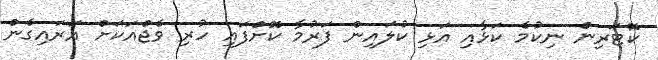
ކޮޓަރިން ނިކުމެ ކަޅާއި އަޅި ކުލައިން ފަރުމާ ކޮށްފައި ހުރި ވެޖްއަކަށް އަރައިގެން